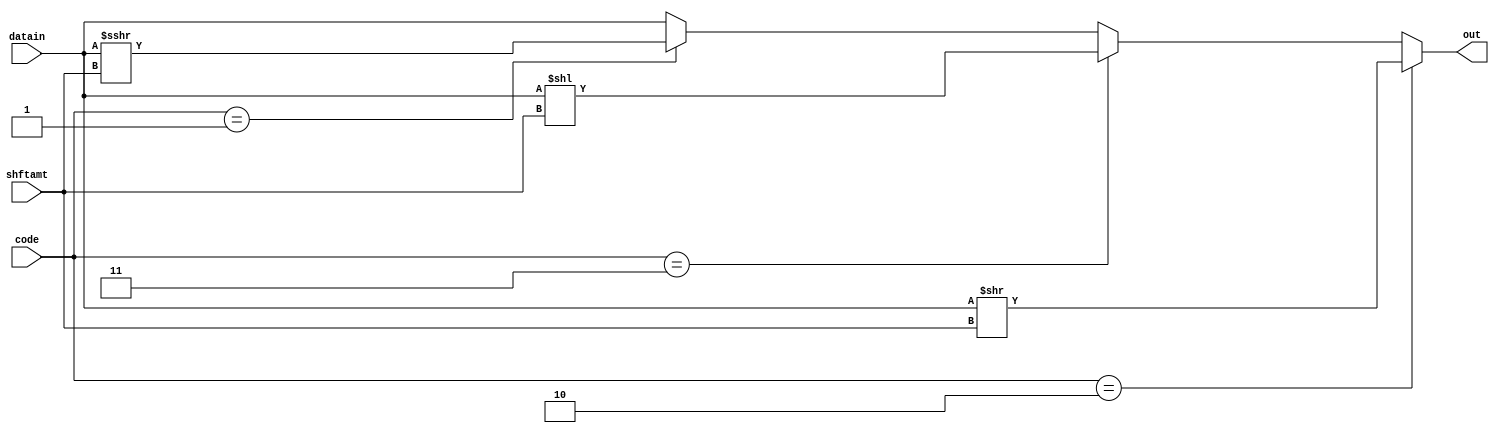
`timescale 1ns/10ps
module shifter(out,datain,shftamt,code);
input signed[15:0]datain;
input [3:0]shftamt;
input [1:0]code;
output [15:0]out;

assign out = (code==2'b10)?datain>>shftamt/* {shftamt'b0,datain[15:shftamt]} */: //right shift logical
			 (code==2'b11)?datain<<shftamt/* {datain[15-shftamt:0],shftamt'b0} */://left shift logical
			 (code==2'b01)?(datain >>> shftamt)  :datain;	//SAR
			 
endmodule

/* module tb_shifter();
reg [15:0]datain;
reg [3:0]shftamt;
reg [1:0]code;
wire [15:0]out;

shifter uut(out,datain,shftamt,code);
initial $monitor("t=%3d, out=%16b, datain=%16b, shftamt=%4b code = %2b",$time,out,datain,shftamt,code);

initial
begin

#00 datain=16'b1100110011001100;shftamt=4'b1000;code=2'b01;
#10 datain=16'b1100110011001100;shftamt=4'b1000;code=2'b10;
#20 datain=16'b1100110011001100;shftamt=4'b1000;code=2'b11;

end
endmodule */